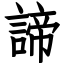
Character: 諦